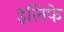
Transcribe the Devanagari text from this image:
इलिफे